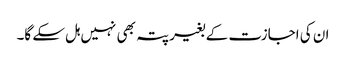
ان کی اجازت کے بغیر پتہ بھی نہیں ہل سکے گا۔